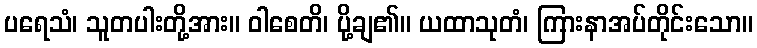
ပရေသံ၊ သူတပါးတို့အား။ ဝါစေတိ၊ ပို့ချ၏။ ယထာသုတံ၊ ကြားနာအပ်တိုင်းသော။